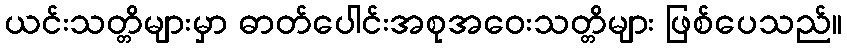
ယင်းသတ္တိများမှာ ဓာတ်ပေါင်းအစုအဝေးသတ္တိများ ဖြစ်ပေသည်။